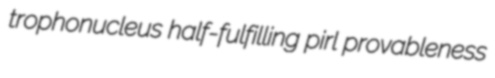
trophonucleus half-fulfilling pirl provableness